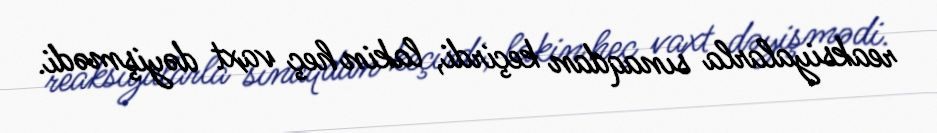
reaksiyalarla sınaqdan keçirdi, lakin heç vaxt dəyişmədi.